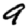
Digit: 9